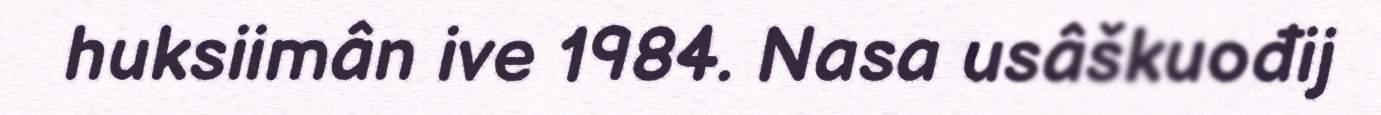
huksiimân ive 1984. Nasa usâškuođij